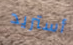
أستريد